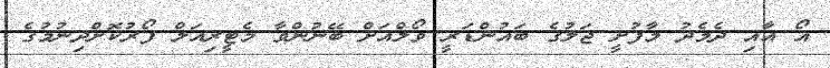
އޯ އާއި ދެމެދު މާފުށީ ޖަލުގެ ބައުންޑަރީ ވޯލްއަށް ބޭނުންވާ މެޓީރިއަލް ފޯރުކޮށްދިނުމުގެ